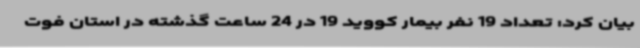
بیان کرد: تعداد 19 نفر بیمار کووید 19 در 24 ساعت گذشته در استان فوت